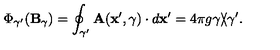
\Phi _ { \gamma ^ { \prime } } ( { \bf B } _ { \gamma } ) = \oint _ { \gamma ^ { \prime } } { \bf A } ( { \bf x } ^ { \prime } , \gamma ) \cdot d { \bf x } ^ { \prime } = 4 \pi g \gamma \backslash \! \! \! \slash \gamma ^ { \prime } .